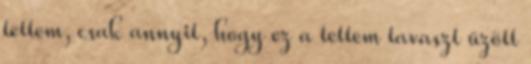
tettem, csak annyit, hogy ez a tettem tavaszt űzött